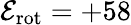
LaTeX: \mathcal{E}_{\mathrm{rot}}=+58